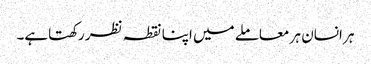
ہر انسان ہر معاملے میں اپنا نقطہ نظر رکھتاہے۔